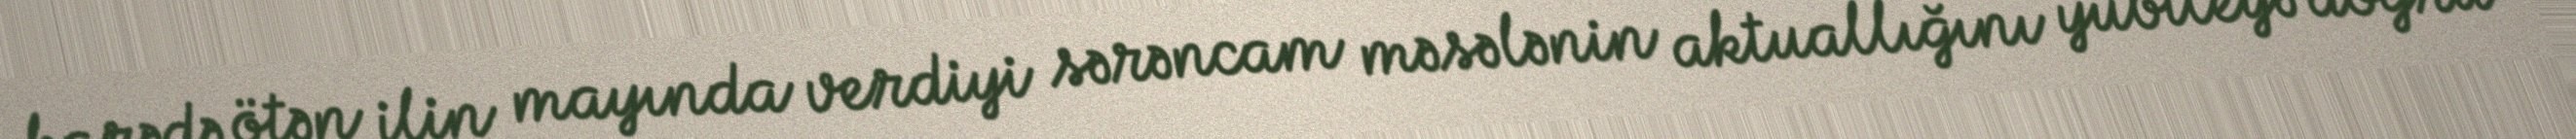
barədə ötən ilin mayında verdiyi sərəncam məsələnin aktuallığını yubileyə doğru